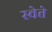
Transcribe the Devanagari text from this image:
स्वेत्ते